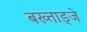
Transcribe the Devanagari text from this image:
बख्ताड्जे